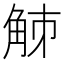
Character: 𧣘